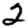
Digit: 2